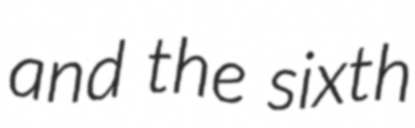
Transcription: and the sixth